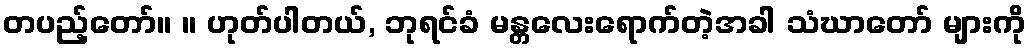
တပည့်တော်။ ။ ဟုတ်ပါတယ်, ဘုရင်ခံ မန္တလေးရောက်တဲ့အခါ သံဃာတော် များကို